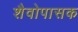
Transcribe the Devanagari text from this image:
शैवोपासक